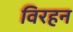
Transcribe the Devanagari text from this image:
विरहन